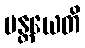
မန္တယေတိ